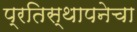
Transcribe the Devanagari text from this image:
प्रतिस्थापनेचा